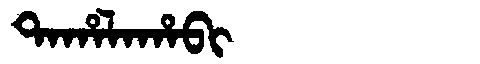
Manchu: ᡨᠠᡥᠠᠯᠠᡥᠠᠪᡳ
Romanization: TAHALAHABI